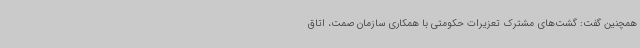
همچنین گفت: گشت‌های مشترک تعزیرات حکومتی با همکاری سازمان صمت، اتاق